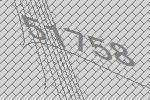
51758